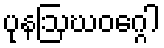
ပုနဩဃဝဂ္ဂေါ